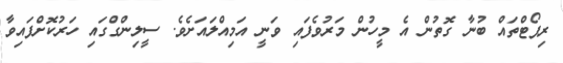
ރިޕޯޓްތައް ބުނާ ގޮތުން އެ މީހުން މަރުވެފައި ވަނީ އަމިއްލައަށެވެ. ސީލިންގްގައި ހަރުކޮށްފައިވާ